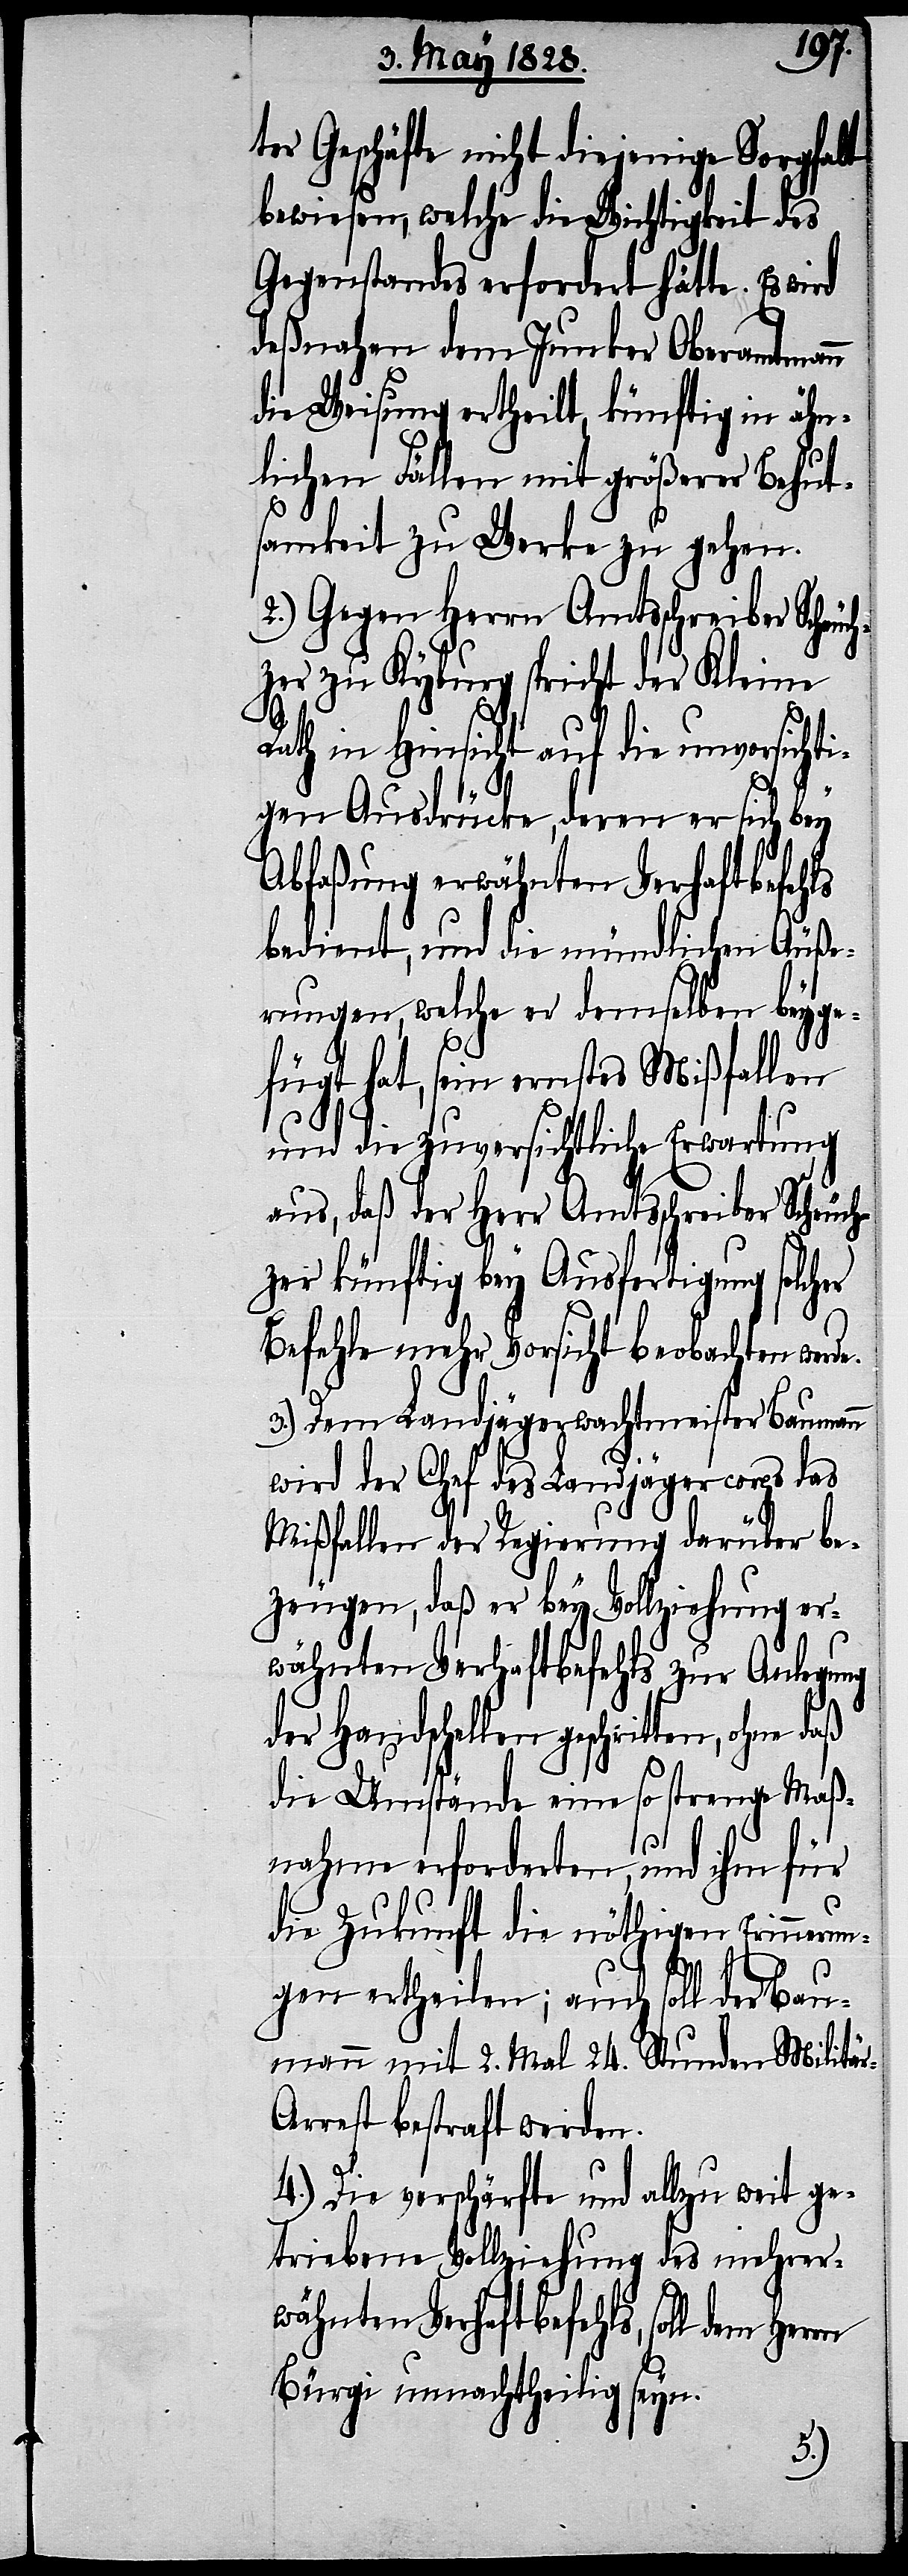
ter Geschäfte nicht diejenige Sorgfalt
bewiesen, welche die Wichtigkeit des
Gegenstandes erfordert hätte. Es
deßnahen dem Junker Oberamtmann
die Weisung ertheilt, künftig in ähn¬
lichen Fällen mit größerer Behut¬
samkeit zu Werke zu gehen.
2.) Gegen Herrn Amtsschreiber Scheuc¬
hzer zu Kyburg spricht der Kleine
Rath in Hinsicht auf die unvorsichti¬
gen Ausdrücke, deren er sich bey
Abfaßung erwähnten Verhaftbefehls
bedient, und die mündlichen Äuße¬
rungen, welche er demselben beyge¬
fügt hat, sein ernstes Mißfallen
und die zuversichtliche Erwartung
aus, daß der Herr Amtsschreiber Scheuch¬
zer künftig bey Ausfertigung solcher
Befehle mehr Vorsicht beobachten werd¬
3.) Dem Landjägerwachtmeister Baumann
wird der Chef des Landjägercorps das
Mißfallen der Regierung darüber be¬
zeugen, daß er bey Vollziehung er¬
wähnten Verhaftsbefehls zur Anlegung
der Handschellen geschritten, ohne
die Umstände eine so strenge Maß¬
nahme erforderten, und ihm für
die Zukunft die nöthigen Erinnerun¬
e.
gen ertheilen; auch soll der Bau¬
mann mit 2. Mal 24. Stunden Militär-A¬
rrest bestraft werden.
4.) Die verschärfte und allzu weit ge¬
triebene Vollziehung des mehrer¬
wähnten Verhaftbefehls, soll dem
Bürgi unnachtheilig seyn.